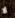
لا